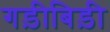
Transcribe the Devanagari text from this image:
गड़ीबिड़ी